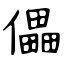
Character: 儡